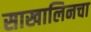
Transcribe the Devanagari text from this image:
साखालिनचा